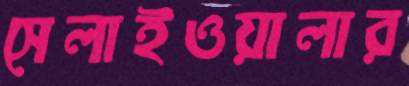
সেলাইওয়ালার